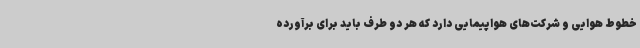
خطوط هوایی و شرکت‌های هواپیمایی دارد که هر دو طرف باید برای برآورده